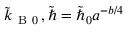
\tilde { k } _ { \mathrm { ~ B ~ } 0 } \, , \tilde { \hbar } = \tilde { \hbar } _ { 0 } a ^ { - b / 4 }